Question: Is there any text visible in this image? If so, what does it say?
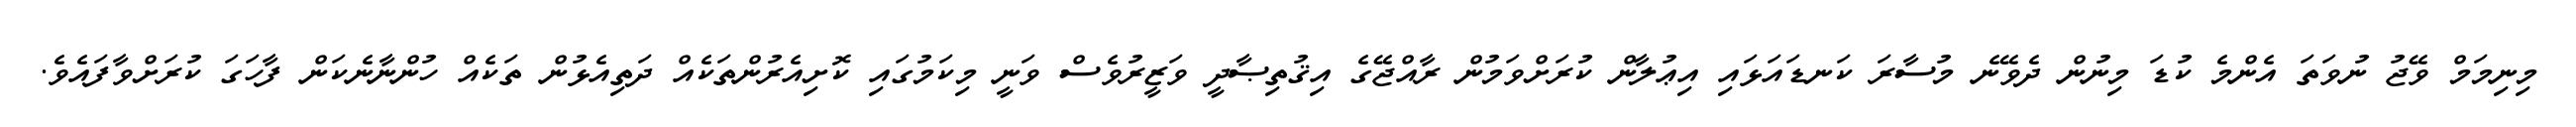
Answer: މިނިމަމް ވޭޖު ނުވަތަ އެންމެ ކުޑަ މިނުން ދެވޭނެ މުސާރަ ކަނޑައަޅައި އިޢުލާން ކުރަށްވަމުން ރާއްޖޭގެ އިޤުތިޞާދީ ވަޒީރުވެސް ވަނީ މިކަމުގައި ކޮށިއެރުންތަކެއް ދަތިއެޅުން ތަކެއް ހުންނާނެކަން ފާހަގަ ކުރަށްވާފައެވެ.